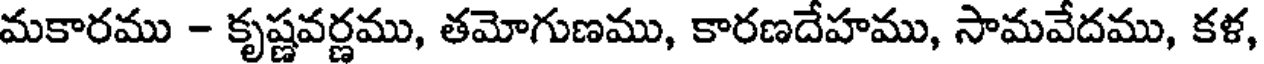
మకారము - కృష్ణవర్ణము, తమోగుణము, కారణదేహము, సామవేదము, కళ,